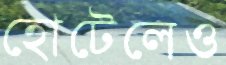
হোটেলেও